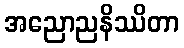
အညောညနိဿိတာ